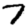
Digit: 7